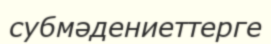
субмәдениеттерге